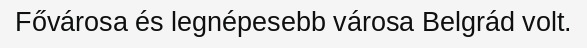
Fővárosa és legnépesebb városa Belgrád volt.